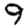
Digit: 9